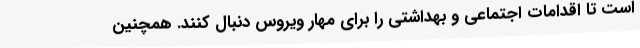
است تا اقدامات اجتماعی و بهداشتی را برای مهار ویروس دنبال کنند. همچنین